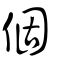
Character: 個